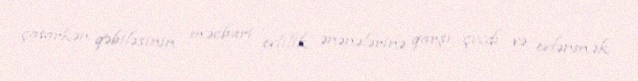
çatarkən qəbiləsinin məcburi evlilik ənənələrinə qarşı çıxdı və evlənmək